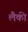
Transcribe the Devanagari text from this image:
लैकी